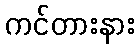
ကင်တားနား